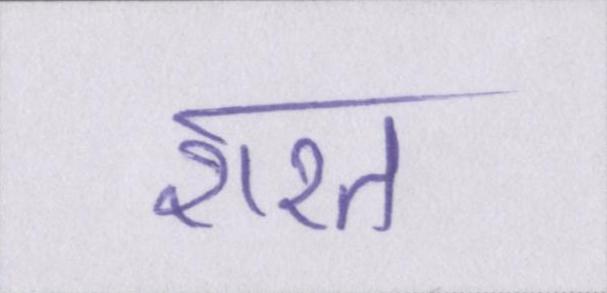
शरत